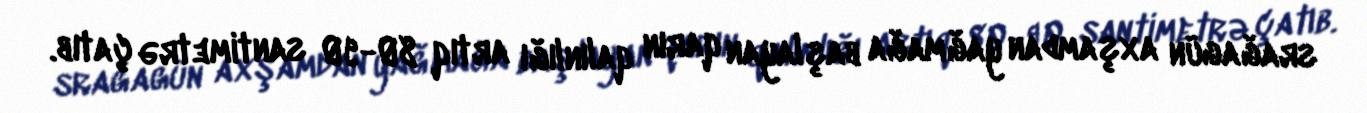
srağagün axşamdan yağmağa başlayan qarın qalınlığı artıq 80-90 santimetrə çatıb.